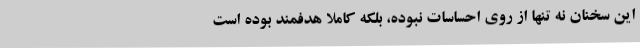
این سخنان نه تنها از روی احساسات نبوده، بلکه کاملا هدفمند بوده است